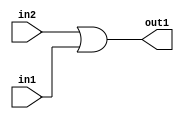
`timescale 1ps / 1ps
/*****************************************************************************
    Verilog RTL Description
    
    
    Created by: Stratus DpOpt 2019.1.01 
*******************************************************************************/

module st_feature_addr_gen_Or_1Ux1U_1U_4 (
	in2,
	in1,
	out1
	); /* architecture "behavioural" */ 
input  in2,
	in1;
output  out1;
wire  asc001;

assign asc001 = 
	(in2)
	|(in1);

assign out1 = asc001;
endmodule

/* CADENCE  urf4SQs= : u9/ySgnWtBlWxVPRXgAZ4Og= ** DO NOT EDIT THIS LINE ******/